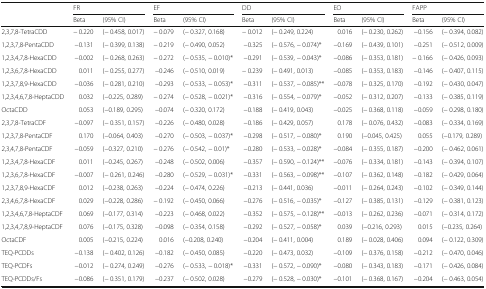
<table><thead><tr><td></td><td colspan="2"><b>FR</b></td><td colspan="2"><b>EF</b></td><td colspan="2"><b>DD</b></td><td colspan="2"><b>EO</b></td><td colspan="2"><b>FAPP</b></td></tr><tr><td></td><td><b>Beta</b></td><td><b>(95% CI)</b></td><td><b>Beta</b></td><td><b>(95% CI)</b></td><td><b>Beta</b></td><td><b>(95% CI)</b></td><td><b>Beta</b></td><td><b>(95% CI) </b></td><td><b>Beta</b></td><td><b>(95% CI)</b></td></tr></thead><tbody><tr><td>2,3,7,8-TetraCDD</td><td>− 0.220</td><td>(− 0.458, 0.017)</td><td>− 0.079</td><td>(− 0.327, 0.168)</td><td>− 0.012</td><td>(− 0.249, 0.224)</td><td>0.016</td><td>(− 0.230, 0.262)</td><td>−0.156</td><td>(− 0.394, 0.082)</td></tr><tr><td>1,2,3,7,8-PentaCDD</td><td>−0.131</td><td>(− 0.399, 0.138)</td><td>− 0.219</td><td>(− 0.490, 0.052)</td><td>−0.325</td><td>(− 0.576, − 0.074)*</td><td>−0.169</td><td>(− 0.439, 0.101)</td><td>−0.251</td><td>(− 0.512, 0.009)</td></tr><tr><td>1,2,3,4,7,8-HexaCDD</td><td>−0.002</td><td>(− 0.268, 0.263)</td><td>− 0.272</td><td>(− 0.535, − 0.010)*</td><td>−0.291</td><td>(− 0.539, − 0.043)*</td><td>−0.086</td><td>(− 0.353, 0.181)</td><td>− 0.166</td><td>(− 0.426, 0.093)</td></tr><tr><td>1,2,3,6,7,8-HexaCDD</td><td>0.011</td><td>(− 0.255, 0.277)</td><td>−0.246</td><td>(− 0.510, 0.019)</td><td>− 0.239</td><td>(− 0.491, 0.013)</td><td>−0.085</td><td>(− 0.353, 0.183)</td><td>−0.146</td><td>(− 0.407, 0.115)</td></tr><tr><td>1,2,3,7,8,9-HexaCDD</td><td>−0.036</td><td>(− 0.281, 0.210)</td><td>−0.293</td><td>(− 0.533, − 0.053)*</td><td>−0.311</td><td>(− 0.537, − 0.085)**</td><td>−0.078</td><td>(− 0.325, 0.170)</td><td>−0.192</td><td>(− 0.430, 0.047)</td></tr><tr><td>1,2,3,4,6,7,8-HeptaCDD</td><td>0.032</td><td>(−0.225, 0.289)</td><td>− 0.274</td><td>(− 0.528, − 0.021)*</td><td>−0.316</td><td>(− 0.554, − 0.079)*</td><td>−0.052</td><td>(− 0.312, 0.207)</td><td>−0.133</td><td>(− 0.385, 0.119)</td></tr><tr><td>OctaCDD</td><td>0.053</td><td>(−0.189, 0.295)</td><td>−0.074</td><td>(− 0.320, 0.172)</td><td>−0.188</td><td>(− 0.419, 0.043)</td><td>−0.025</td><td>(− 0.368, 0.118)</td><td>−0.059</td><td>(− 0.298, 0.180)</td></tr><tr><td>2,3,7,8-TetraCDF</td><td>−0.097</td><td>(− 0.351, 0.157)</td><td>−0.226</td><td>(− 0.480, 0.028)</td><td>−0.186</td><td>(− 0.429, 0.057)</td><td>0.178</td><td>(− 0.076, 0.432)</td><td>−0.083</td><td>(− 0.334, 0.169)</td></tr><tr><td>1,2,3,7,8-PentaCDF</td><td>0.170</td><td>(−0.064, 0.403)</td><td>−0.270</td><td>(− 0.503, − 0.037)*</td><td>−0.298</td><td>(− 0.517, − 0.080)*</td><td>0.190</td><td>(−0.045, 0.425)</td><td>0.055</td><td>(−0.179, 0.289)</td></tr><tr><td>2,3,4,7,8-PentaCDF</td><td>−0.059</td><td>(−0.327, 0.210)</td><td>− 0.276</td><td>(− 0.542, − 0.01)*</td><td>−0.280</td><td>(− 0.533, − 0.028)*</td><td>−0.084</td><td>(− 0.355, 0.187)</td><td>−0.200</td><td>(− 0.462, 0.061)</td></tr><tr><td>1,2,3,4,7,8-HexaCDF</td><td>0.011</td><td>(−0.245, 0.267)</td><td>−0.248</td><td>(− 0.502, 0.006)</td><td>−0.357</td><td>(− 0.590, − 0.124)**</td><td>−0.076</td><td>(− 0.334, 0.181)</td><td>−0.143</td><td>(− 0.394, 0.107)</td></tr><tr><td>1,2,3,6,7,8-HexaCDF</td><td>−0.007</td><td>(− 0.261, 0.246)</td><td>−0.280</td><td>(− 0.529, − 0.031)*</td><td>−0.331</td><td>(− 0.563, − 0.098)**</td><td>−0.107</td><td>(− 0.362, 0.148)</td><td>−0.182</td><td>(− 0.429, 0.064)</td></tr><tr><td>1,2,3,7,8,9-HexaCDF</td><td>0.012</td><td>(−0.238, 0.263)</td><td>−0.224</td><td>(− 0.474, 0.226)</td><td>−0.213</td><td>(− 0.441, 0.036)</td><td>−0.011</td><td>(− 0.264, 0.243)</td><td>−0.102</td><td>(− 0.349, 0.144)</td></tr><tr><td>2,3,4,6,7,8-HexaCDF</td><td>0.029</td><td>(−0.228, 0.286)</td><td>− 0.192</td><td>(− 0.450, 0.066)</td><td>−0.276</td><td>(− 0.516, − 0.035)*</td><td>−0.127</td><td>(− 0.385, 0.131)</td><td>−0.129</td><td>(− 0.381, 0.123)</td></tr><tr><td>1,2,3,4,6,7,8-HeptaCDF</td><td>0.069</td><td>(−0.177, 0.314)</td><td>−0.223</td><td>(− 0.468, 0.022)</td><td>−0.352</td><td>(− 0.575, − 0.128)**</td><td>−0.013</td><td>(− 0.262, 0.236)</td><td>−0.071</td><td>(− 0.314, 0.172)</td></tr><tr><td>1,2,3,4,7,8,9-HeptaCDF</td><td>0.076</td><td>(−0.175, 0.328)</td><td>−0.098</td><td>(− 0.354, 0.158)</td><td>−0.292</td><td>(− 0.527, − 0.058)*</td><td>0.039</td><td>(−0.216, 0.293)</td><td>0.015</td><td>(−0.235, 0.264)</td></tr><tr><td>OctaCDF</td><td>0.005</td><td>(−0.215, 0.224)</td><td>0.016</td><td>(−0.208, 0.240)</td><td>−0.204</td><td>(− 0.411, 0.004)</td><td>0.189</td><td>(− 0.028, 0.406)</td><td>0.094</td><td>(− 0.122, 0.309)</td></tr><tr><td>TEQ-PCDDs</td><td>−0.138</td><td>(− 0.402, 0.126)</td><td>−0.182</td><td>(− 0.450, 0.085)</td><td>−0.220</td><td>(− 0.473, 0.032)</td><td>−0.109</td><td>(− 0.376, 0.158)</td><td>−0.212</td><td>(− 0.470, 0.046)</td></tr><tr><td>TEQ-PCDFs</td><td>−0.012</td><td>(− 0.274, 0.249)</td><td>−0.276</td><td>(− 0.533, − 0.018)*</td><td>−0.331</td><td>(− 0.572, − 0.090)*</td><td>−0.080</td><td>(− 0.343, 0.183)</td><td>−0.171</td><td>(− 0.426, 0.084)</td></tr><tr><td>TEQ-PCDDs/Fs</td><td>−0.086</td><td>(− 0.351, 0.179)</td><td>−0.237</td><td>(− 0.502, 0.028)</td><td>−0.279</td><td>(− 0.528, − 0.030)*</td><td>−0.101</td><td>(− 0.368, 0.167)</td><td>−0.204</td><td>(− 0.463, 0.054)</td></tr></tbody></table>